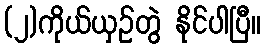
(၂)ကိုယ်ယှဉ်တွဲ နိုင်ပါပြီ။